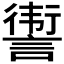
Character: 𬣀